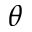
\theta